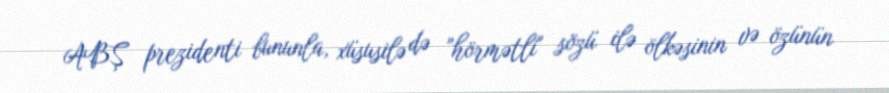
ABŞ prezidenti bununla, xüsusilə də ”hörmətli" sözü ilə ölkəsinin və özünün